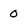
Character: 0